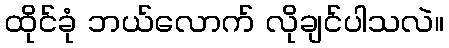
ထိုင်ခုံ ဘယ်လောက် လိုချင်ပါသလဲ။